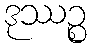
ဒုဿဉ္စ